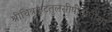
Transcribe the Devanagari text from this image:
श्रीचित्रकूटतुलसीपीठाधीश्वर